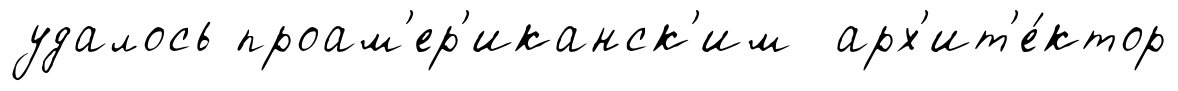
удалось проам'ер'иканск'им арх'ит'е́ктор